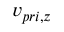
v _ { p r i , z }